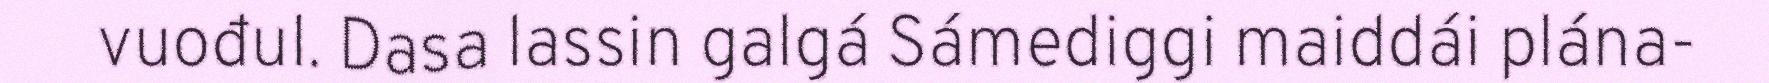
vuođul. Dasa lassin galgá Sámediggi maiddái plána-